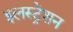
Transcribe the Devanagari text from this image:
इलस्ट्रेशन